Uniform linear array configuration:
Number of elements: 8
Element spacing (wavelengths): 0.25
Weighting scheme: blackman
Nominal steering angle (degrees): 0
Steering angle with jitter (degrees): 0.148
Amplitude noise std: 0.05
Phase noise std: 0.05

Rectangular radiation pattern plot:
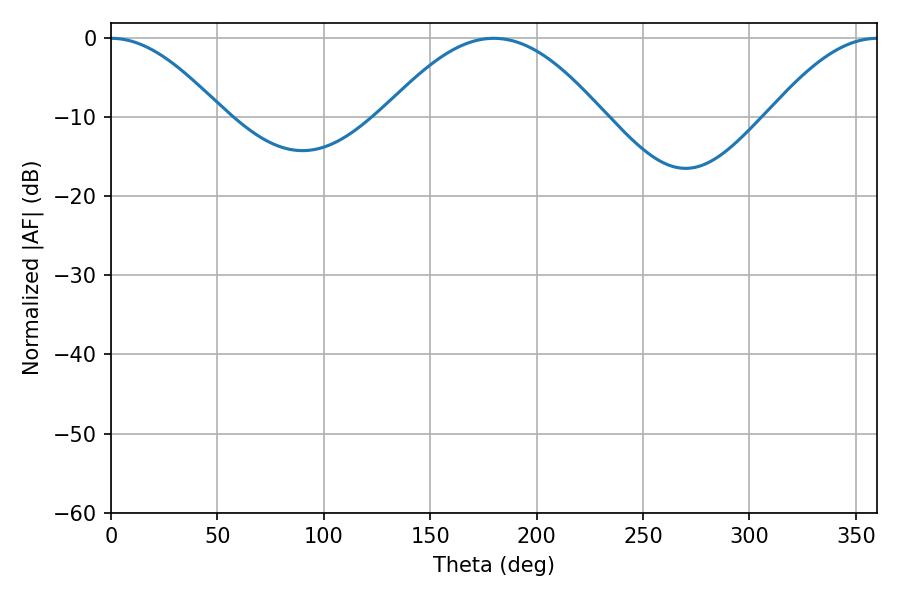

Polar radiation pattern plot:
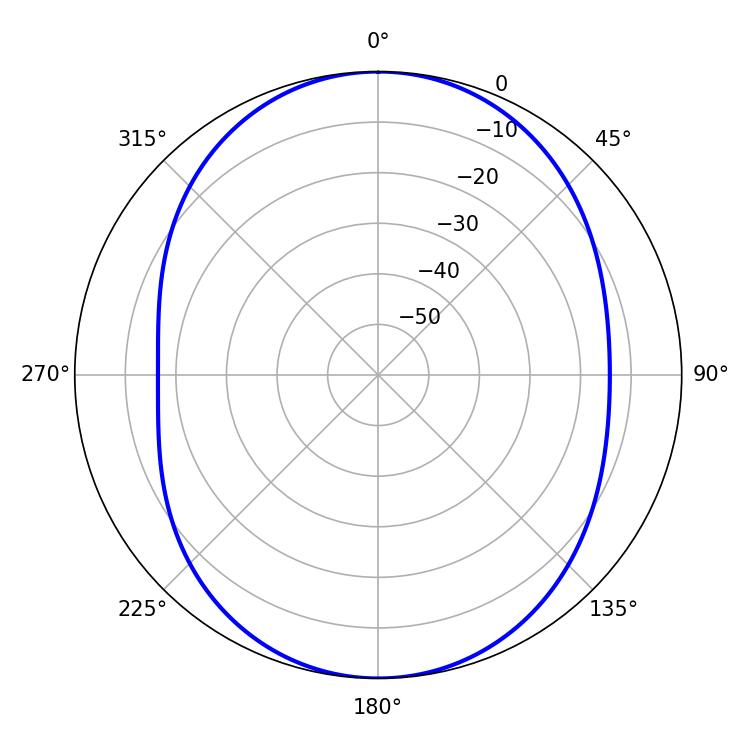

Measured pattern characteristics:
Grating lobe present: FALSE
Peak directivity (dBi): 17.885
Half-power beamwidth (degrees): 28.08
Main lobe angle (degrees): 0.18